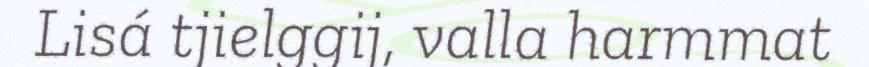
Lisá tjielggij, valla harmmat